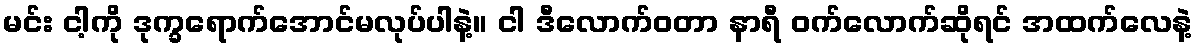
မင်း ငါ့ကို ဒုက္ခရောက်အောင်မလုပ်ပါနဲ့။ ငါ ဒီလောက်ဝတာ နာရီ ဝက်လောက်ဆိုရင် အထက်လေနဲ့